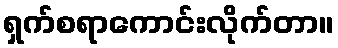
ရှက်စရာကောင်းလိုက်တာ။